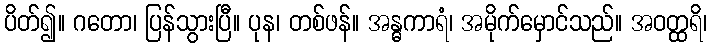
ပိတ်၍။ ဂတော၊ ပြန်သွားပြီ။ ပုန၊ တစ်ဖန်။ အန္ဓကာရံ၊ အမိုက်မှောင်သည်။ အဝတ္ထရိ၊